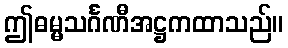
ဤဓမ္မသင်္ဂဏီအဋ္ဌကထာသည်။